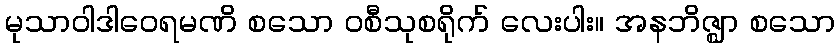
မုသာဝါဒါဝေရမဏိ စသော ဝစီသုစရိုက် လေးပါး။ အနဘိဇ္ဈာ စသော